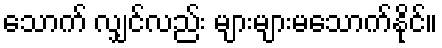
သောက် လျှင်လည်း များများမသောက်နိုင်။